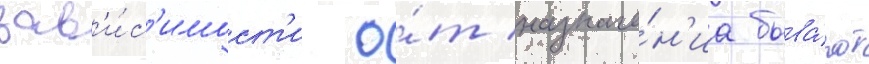
зав'и́с'имост'и о́т назначе́н'иа быва́ют